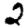
Digit: 2